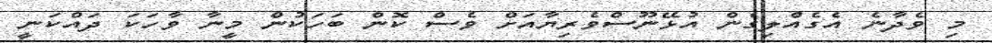
މި ވެދާނެ އެގެއްލިގެން އުޅޭނޫސްވެރިޔާއަށް ވެސް ކޮން ބަހަކުން މީނާ ވާހަކަ ދައްކަނީ